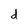
Character: d